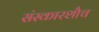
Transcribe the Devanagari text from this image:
संस्कारशौच